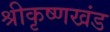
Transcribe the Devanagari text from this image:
श्रीकृष्णखंड